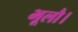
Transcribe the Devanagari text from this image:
भूलौ।